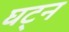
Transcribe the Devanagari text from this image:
घट्न